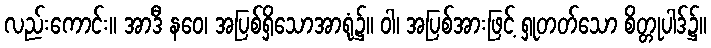
လည်းကောင်း။ အာဒီ နဝေ၊ အပြစ်ရှိသောအာရုံ၌။ ဝါ၊ အပြစ်အားဖြင့် ရှုတတ်သော စိတ္တုပါဒ်၌။